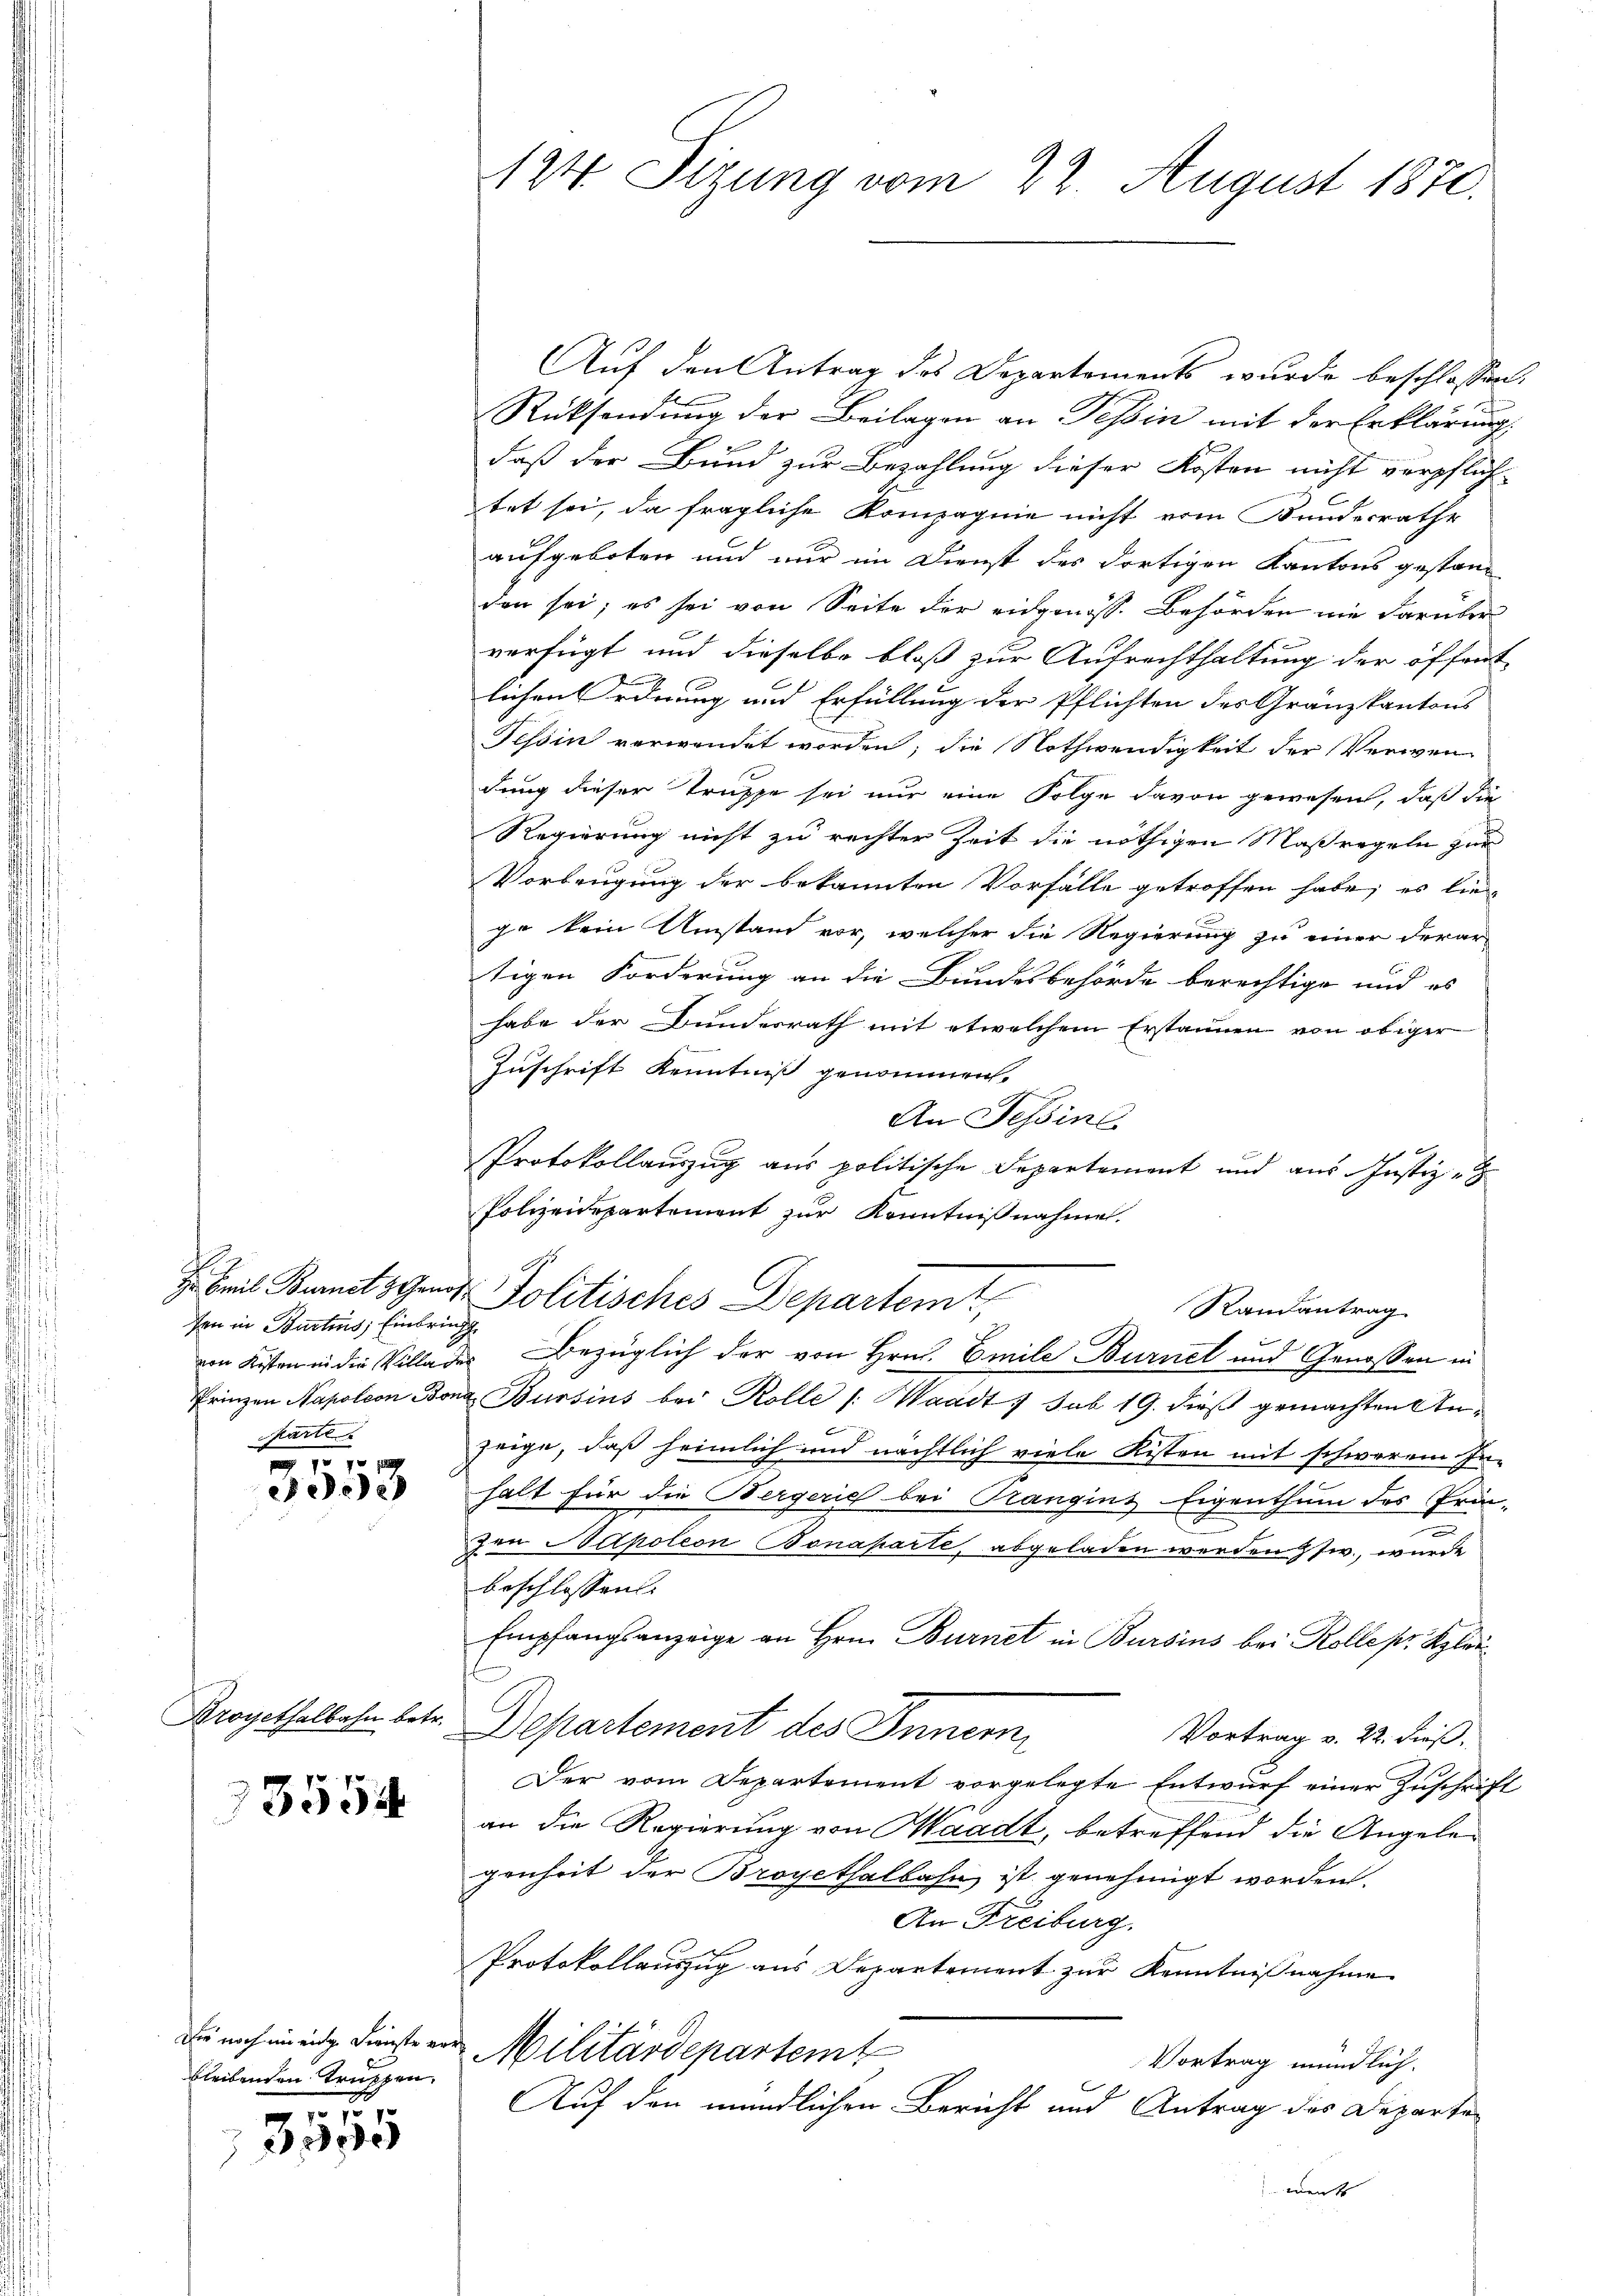
en in Burtins; Einbring
Parte

No 70 f
ee

Krakalbahn betr.

3554

bleibenden Truppen.

3300

124 Sizung vom 22. August 1870.

Auf den Antrag des Departements wurde beschlossen:
Rücksendung der Beilagen an Tessin mit der Erklärung,
daß der Bund zur Bezahlung dieser Kosten nicht verpflich-
tet sei, da fragliche Kompagnie nicht vom Bundesrathe
aufgeboten und nur im Dienst des dortigen Kantons gestanden sei; es sei von Seite der eidgenöss. Behörden nie darüber
verfügt und dieselbe bloß zur Aufrechthaltung der öffent
lichen Ordnung und Erfüllung der Pflichten des Gränzkantons
Tessin verwendet worden; die Nothwendigkeit der Verwen
dung dieser Truppe sei nur eine Folge davon gewesen, daß die
Regierung nicht zu rechter Zeit die nöthigen Maßregeln zur
Vorbeugung der bekannten Vorfälle getroffen habe, es lie
ge kein Umstand vor, welcher die Regierung zu einer derar
tigen Forderung an die Bundesbehörde berechtige und es
habe der Bundesrath mit etwelchem Erstannen von obiger-
Zuschrift Kenntniß genommen.
An Tessine
Protokollauszug aus politische Departement und aus Justiz-
Polizeidepartement zur Kenntnißnahme.

Frinzen Napoleon Bona Bursins bei Kolle /: Waadt 7 sub 19. dieß gemachten Anzeige, daß heimlich und nächtlich viele Kisten mit schwerem In-
halt für die Bergerich bei Prangins Eigenthum des Prin-
i
Jen Hapoleon Bonaparte, abgeladen werden usw., wurde
beschlossen:
Empfangsanzeige an Hrn. Burnet in Bursins bei Kolle pr. Klar
Departement des Innern,
Vortrag v. 22. dieß,
Der vom Departement vorgelegte Entwurf einer Zuschrift
an die Regierung von Waadt, betreffend die Angelegenheit der Broyethalbahn ist genehmigt worden.
An Freiburg.
Protokollauszug aus Departement zur Kenntnißnahme
die noch in eidg. Dienste vor Militärdepartemt
Vortrag mündlich.
Auf den mündlichen Bericht und Antrag des Departen
went

Er bei Bemit 3 Grund Politisches Departemt,
Randantrag
von Kisten in die Villades Bezüglich der von Hrn. Emile Burnel und Genossen in